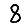
Digit: 8